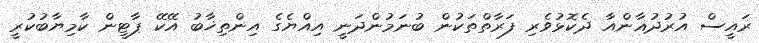
ރައީސް އުރުދުޣާންއާ ދެކޮޅުވެރި ފަރާތްތަކުން ބުނަމުންދަނީ އިއްޔެގެ އިންތިޚާބު އޭކޭ ޕާޓީން ކާމިޔާބުކުރީ